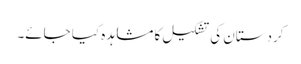
کردستان کی تشکیل کا مشاہدہ کیا جائے۔